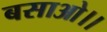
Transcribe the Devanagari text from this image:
बसाओ।।